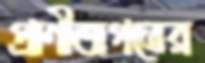
প্রাণীজগতের